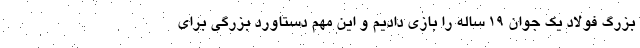
بزرگ فولاد یک جوان ۱۹ ساله را بازی دادیم و این مهم دستاورد بزرگی برای